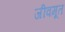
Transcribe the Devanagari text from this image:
जीवमूत